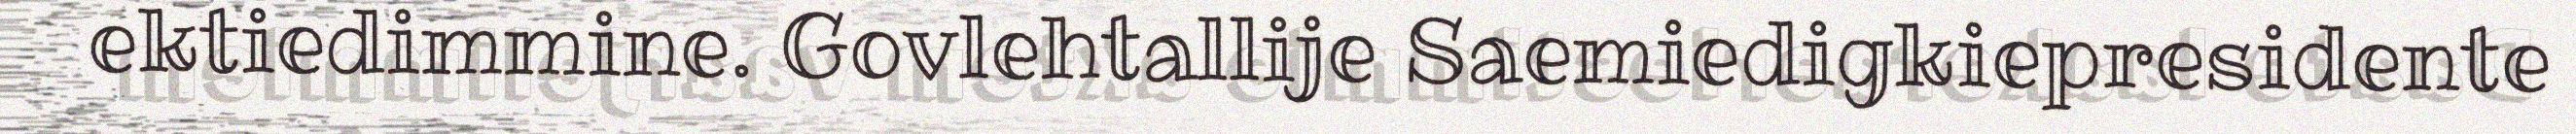
ektiedimmine. Govlehtallije Saemiedigkiepresidente